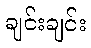
ချင်းချင်း